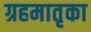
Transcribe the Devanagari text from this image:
ग्रहमातृका